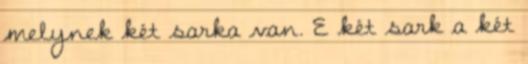
melynek két sarka van. E két sark a két